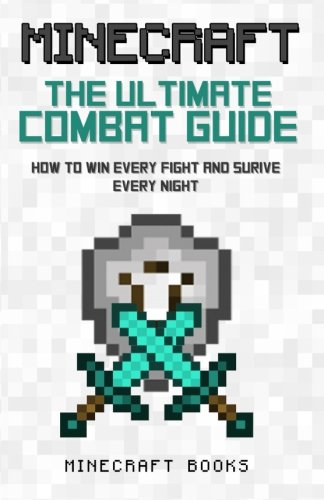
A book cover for Minecraft: Ultimate Guide to Combat - How to Win Every Fight and Survive Every Night; Minecraft Books; Humor & Entertainment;